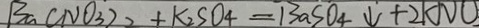
B a ( N O _ { 3 } ) _ { 2 } + K _ { 2 } S O _ { 4 } = B a S O _ { 4 } \downarrow + 2 k N O